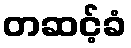
တဆင့်ခံ